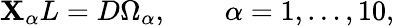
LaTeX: \mathbf{X}_{\alpha}L=D\Omega_{\alpha},\qquad\alpha=1,\ldots,10,